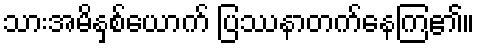
သားအမိနှစ်ယောက် ပြဿနာတက်နေကြ၏။